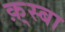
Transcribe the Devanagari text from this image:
क़्स्बा